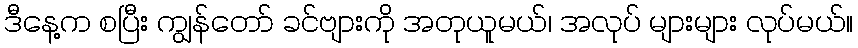
ဒီနေ့က စပြီး ကျွန်တော် ခင်ဗျားကို အတုယူမယ်၊ အလုပ် များများ လုပ်မယ်။